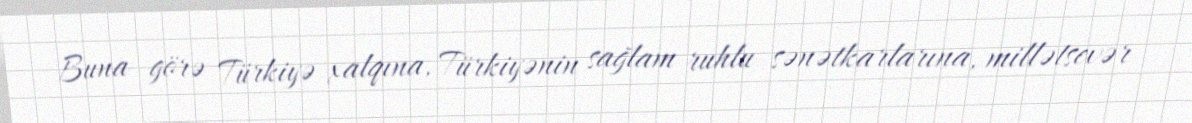
Buna görə Türkiyə xalqına, Türkiyənin sağlam ruhlu sənətkarlarına, millətsevər